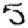
Digit: 5